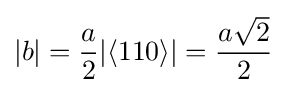
|b|={\frac {a}{2}}|\langle 110\rangle |={\frac {a{\sqrt {2}}}{2}}